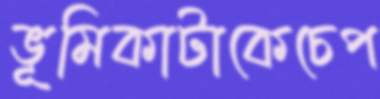
ভূমিকাটাকেচেপ